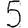
Digit: 5